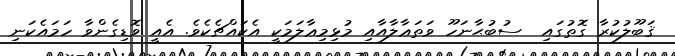
ޤަބޫލުކުރާ ގޮތުގައި  ސުބުޙާނަހޫ ވަތަޢާލާއާއި މުޅިމިޢާލަމަކީ އެކައްޗެކެވެ. އެއީ ވޮޑިގެންވާ ހަމައެކަނި